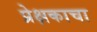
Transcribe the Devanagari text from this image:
प्रेक्षकाचा